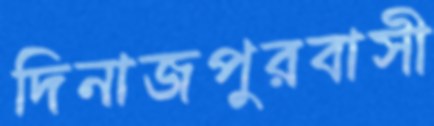
দিনাজপুরবাসী